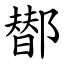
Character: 䣠